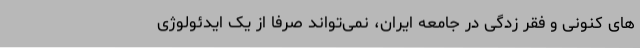
های کنونی و فقر زدگی در جامعه ایران، نمی‌تواند صرفا از یک ایدئولوژی